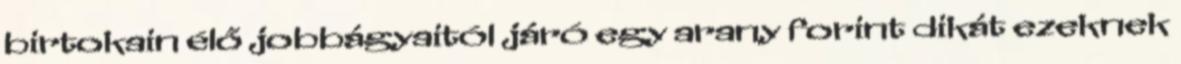
birtokain élő jobbágyaitól járó egy arany forint dikát ezeknek